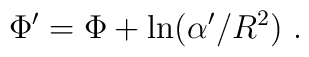
\Phi^\prime = \Phi+ {\rm ln}(\alpha^\prime/R^2) \ .